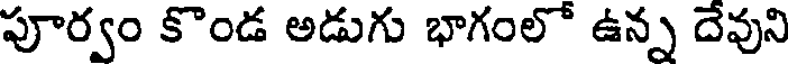
పూర్వం కొండ అడుగు భాగంలో ఉన్న దేవుని